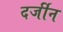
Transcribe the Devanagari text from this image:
दर्जीन